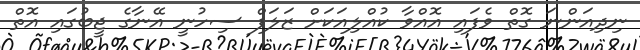
ނިދިއަންނަ ގޮތް ވެފައި އޮއްވާ ކުއްލިއަކަށް ޒަލަފް ސިހުނީ އޭނާގެ ޖީބުގައި އޮތް